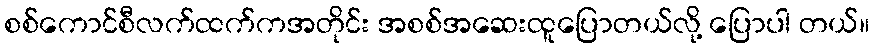
စစ်ကောင်စီလက်ထက်ကအတိုင်း အစစ်အဆေးထူပြောတယ်လို့ ပြောပါ တယ်။